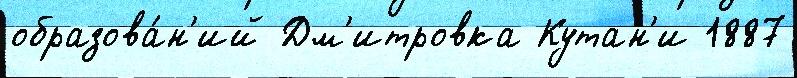
образова́н'ий Дм'итровка Кутан'и 1887